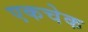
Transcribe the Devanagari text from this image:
एकचेक